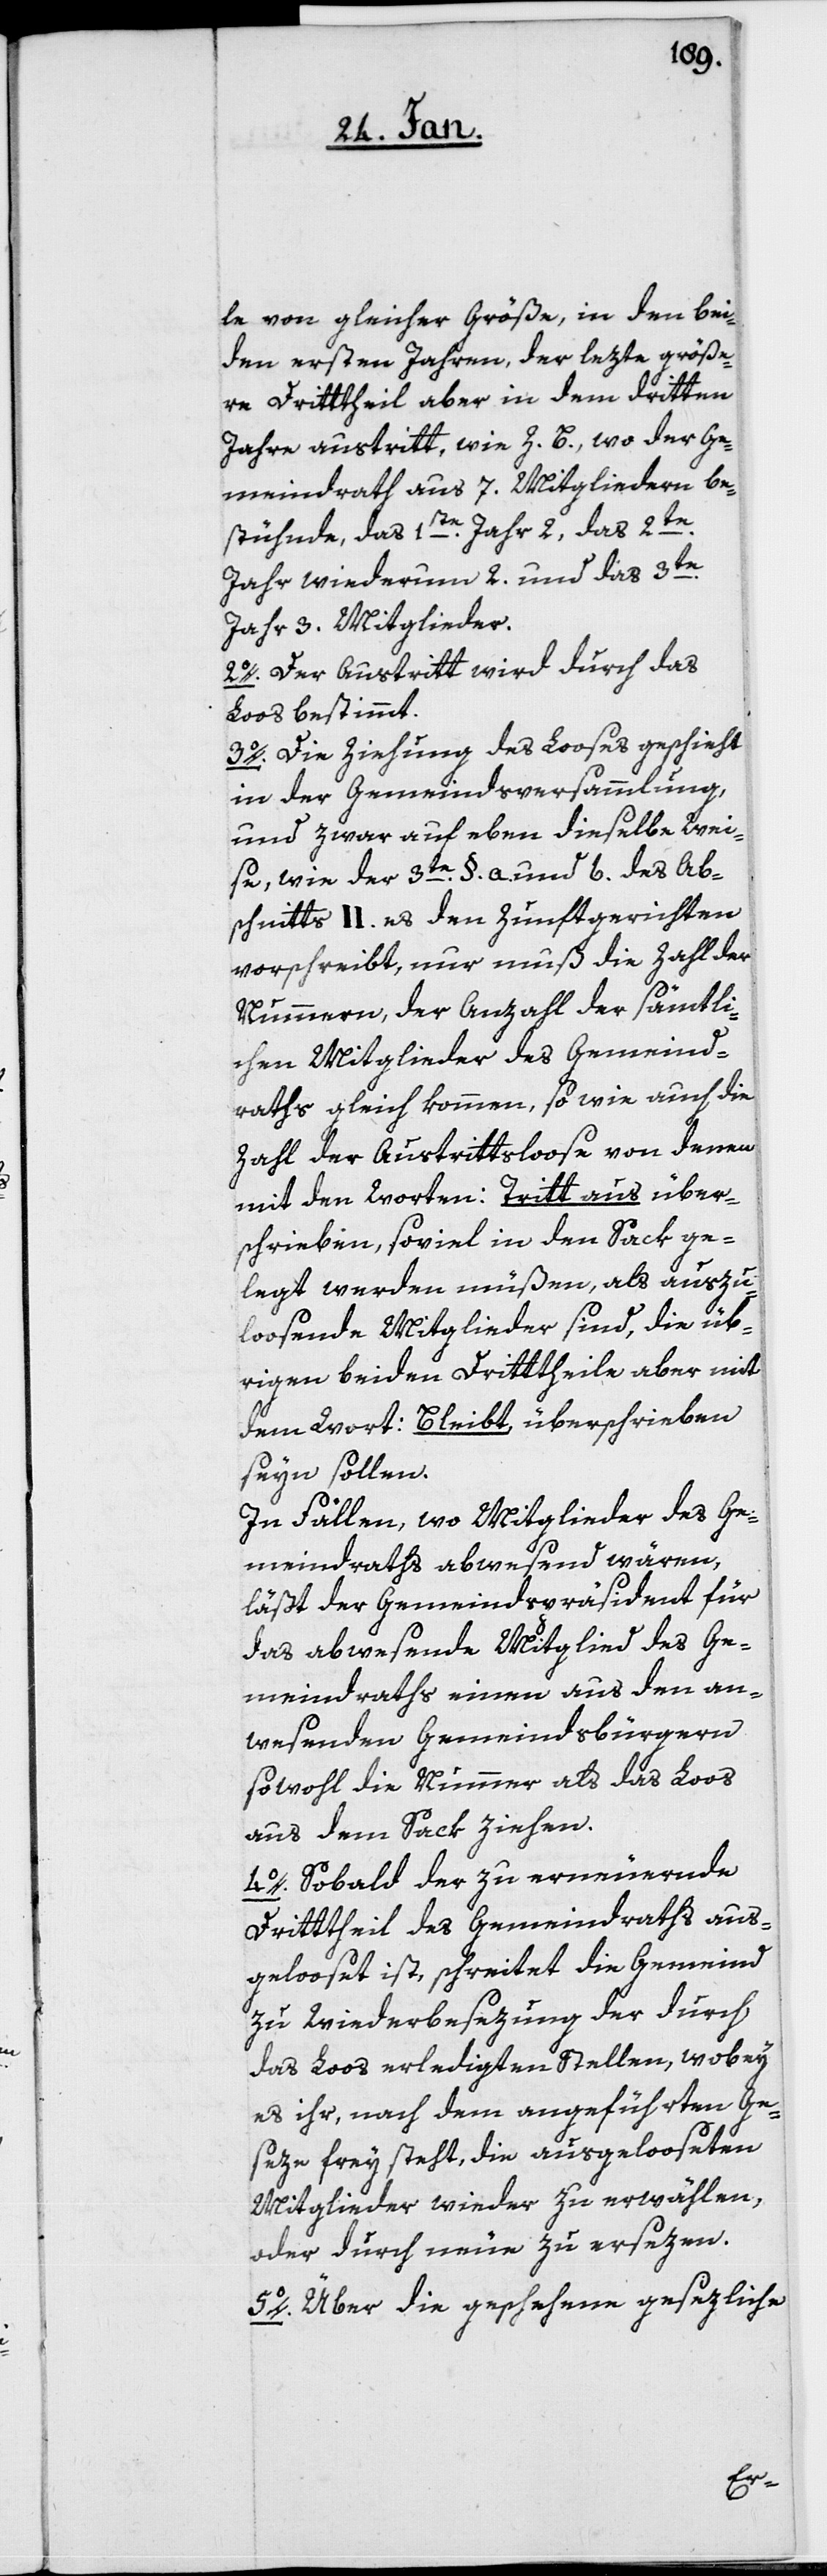
le von gleicher Größe, in den bei¬
den ersten Jahren, der lezte größe¬
re Drittheil aber in dem dritten
Jahre austritt, wie z. B., wo der Ge¬
meindrath aus 7. Mitgliedern be¬
stühnde, das 1ste. Jahr 2, das 2te.
Jahr wiederum 2, und das 3te.
Jahr 3. Mitglieder.
2o. Der Austritt wird durch das
Loos bestimmt.
3o. Die Ziehung des Looses geschieht
in der Gemeindsversammlung,
und zwar auf eben dieselbe Wei¬
se, wie der 3te. §. a. und b. des Ab¬
schnitts II. es den Zunftgerichten
vorschreibt, nur muß die Zahl der
Nummern, der Anzahl der sämtli¬
chen Mitglieder des Gemeind¬
raths gleich kommen, sowie auch die
Zahl der Austrittslose von denen
mit den Worten: Tritt aus über¬
schrieben, soviel in den Sack ge¬
legt werden müßen, als auszu¬
loosende Mitglieder sind, die üb¬
rigen beiden Drittheile aber mit
dem Wort: Bleibt überschrieben
seyn sollen.
In Fällen, wo Mitglieder des Ge¬
meindraths abwesend wären,
läßt der Gemeindspräsident für
das abwesende Mitglied des Ge¬
meindraths einen aus den an¬
wesenden Gemeindsbürgern
sowohl die Nummer als das Loos
aus dem Sack ziehen.
4o. Sobald der zu erneuernde
Drittheil des Gemeindraths aus¬
gelooset ist, schreitet die Gemeind
zu Wiederbesezung der durch
das Loos erledigten Stellen, wobey
es ihr, nach dem angeführten Ge¬
seze frey steht, die ausgelooseten
Mitglieder wieder zu erwählen,
oder durch neue zu ersezen.
5o. Über die geschehene gesezliche